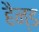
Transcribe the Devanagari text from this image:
हैन्ड